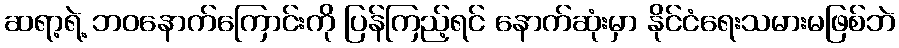
ဆရာ့ရဲ့ ဘဝနောက်ကြောင်းကို ပြန်ကြည့်ရင် နောက်ဆုံးမှာ နိုင်ငံရေးသမားမဖြစ်ဘဲ